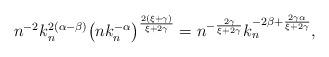
LaTeX: \begin{align*}n^{-2}k_n^{2(\alpha-\beta)}\bigl(nk_n^{-\alpha}\bigr)^{\frac{2(\xi+\gamma)}{\xi+2\gamma}} = n^{-\frac{2\gamma}{\xi+2\gamma}} k_n^{-2\beta + \frac{2\gamma\alpha}{\xi+2\gamma}},\end{align*}